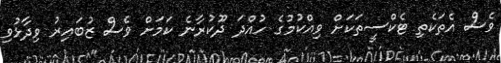
ވެސް އެތަކެތި ޓެކްސީތަކަށް ވިއްކުމުގެ ހުއްދަ ދޫކުރާނެ ކަމަށް ވެސް ޒުބައިރު ވިދާޅުވި